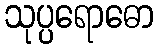
သုပ္ပရောဓော